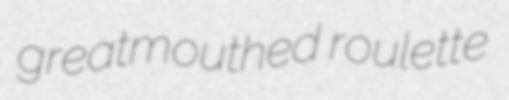
greatmouthed roulette